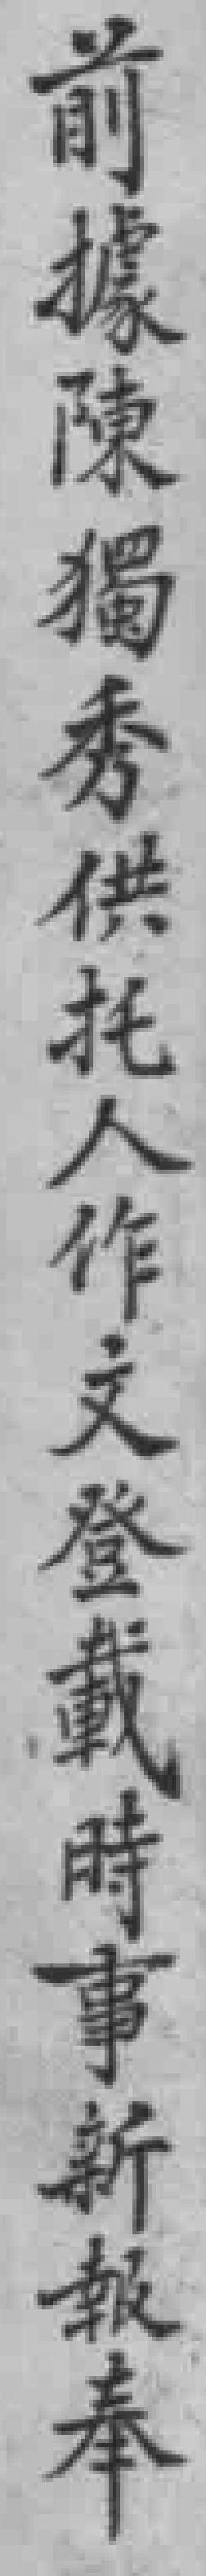
前據陳獨秀供托人作文登載時事新報奉